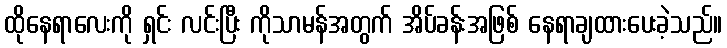
ထိုနေရာလေးကို ရှင်း လင်းပြီး ကိုသာမန်အတွက် အိပ်ခန်းအဖြစ် နေရာချထားပေးခဲ့သည်။